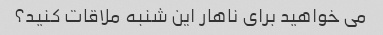
می خواهید برای ناهار این شنبه ملاقات کنید؟